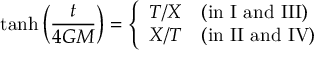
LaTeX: \operatorname { t a n h } \left( { \frac { t } { 4 G M } } \right) = { \left\{ \begin{array} { l l } { T / X } & { { \mathrm { ( i n ~ I ~ a n d ~ I I I ) } } } \\ { X / T } & { { \mathrm { ( i n ~ I I ~ a n d ~ I V ) } } } \end{array} \right. }